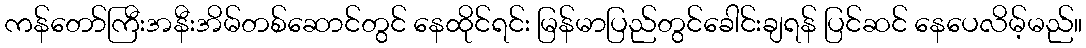
ကန်တော်ကြီးအနီးအိမ်တစ်ဆောင်တွင် နေထိုင်ရင်း မြန်မာပြည်တွင်ခေါင်းချရန် ပြင်ဆင် နေပေလိမ့်မည်။